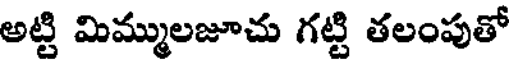
అట్టి మిమ్ములజూచు గట్టి తలంపుతో